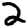
Digit: 2